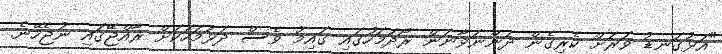
"އަޅުގަނޑު ވަރަށް ކެރިގެން ދަންނަވާނަން ރޯދަމަހުގައި ގައިމު ވެސް ދަޅުމަހަކަށް ރާއްޖޭގައި ނުޖެހޭނެ.